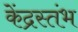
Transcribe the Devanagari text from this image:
केंद्रस्तंभ